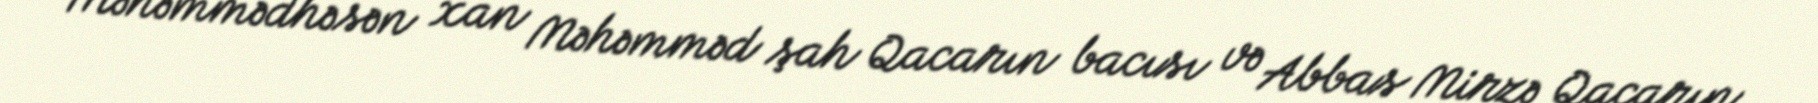
Məhəmmədhəsən xan Məhəmməd şah Qacarın bacısı və Abbas Mirzə Qacarın